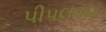
પીપલવણ